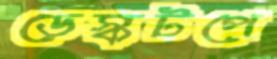
ডেস্কটপে